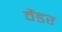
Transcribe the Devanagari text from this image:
वैंडर